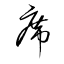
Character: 席